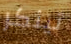
تينكر